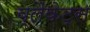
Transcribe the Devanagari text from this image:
ब्लैंकेट्स